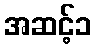
အဆင့်၁